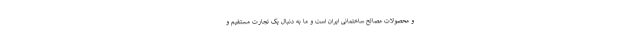
و محصولات مصالح ساختمانی ایران است و ما به دنبال یک تجارت مستقیم و